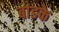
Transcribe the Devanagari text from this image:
बांडके